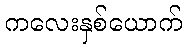
ကလေးနှစ်ယောက်